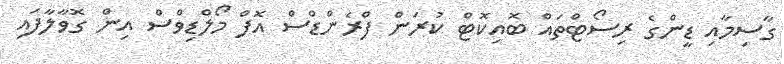
ގާސިމާއި ޑީންގެ ރިސޯޓްތައް ބޮއިކޮޓް ކުރަން ފްރެންޑްސް އޮފް މޯލްޑިވްސް އިން ގޮވާލާފައި